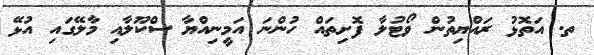
ތ. އަތޮޅު ރައްޔިތުން ވޯޓުލާ ފޮށިތައް ހުންނަ އަމީނިއްޔާ ސްކޫލާއި މާލޭގައި އުޅޭ